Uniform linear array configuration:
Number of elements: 8
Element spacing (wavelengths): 0.75
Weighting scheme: kaiser
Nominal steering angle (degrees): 45
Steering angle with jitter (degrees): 43.391
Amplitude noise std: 0.05
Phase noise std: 0.05

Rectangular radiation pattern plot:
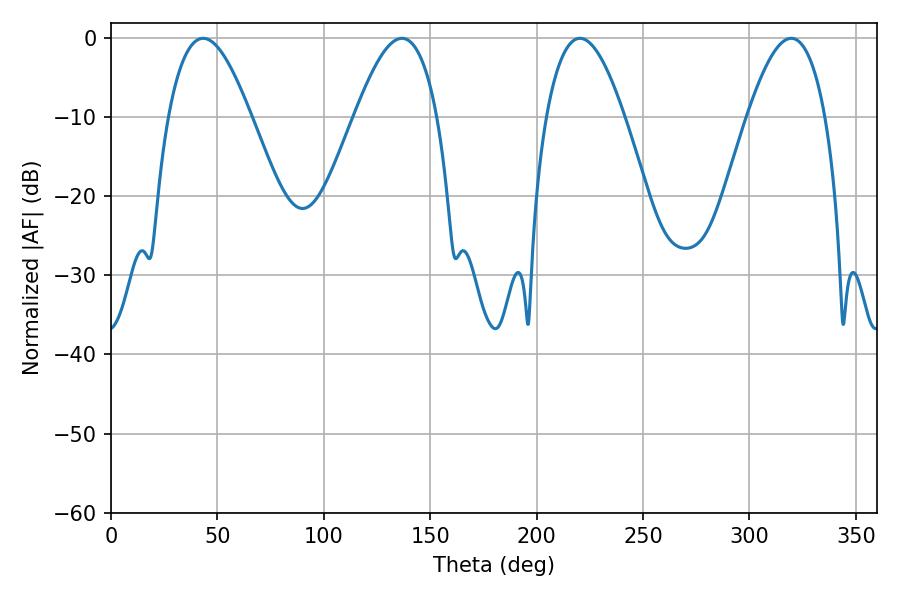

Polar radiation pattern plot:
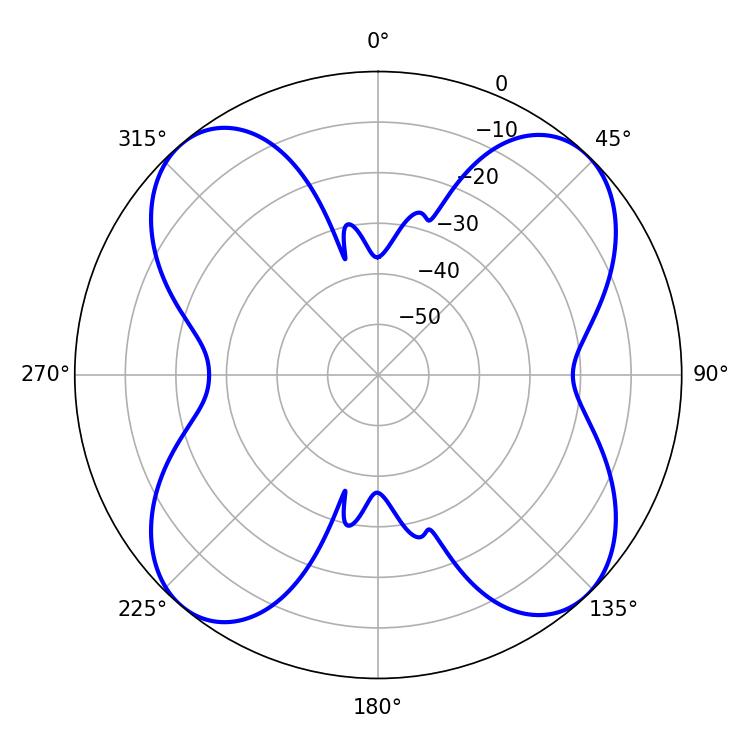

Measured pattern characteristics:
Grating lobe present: TRUE
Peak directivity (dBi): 14.976
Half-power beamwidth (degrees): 19.98
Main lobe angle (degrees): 220.32